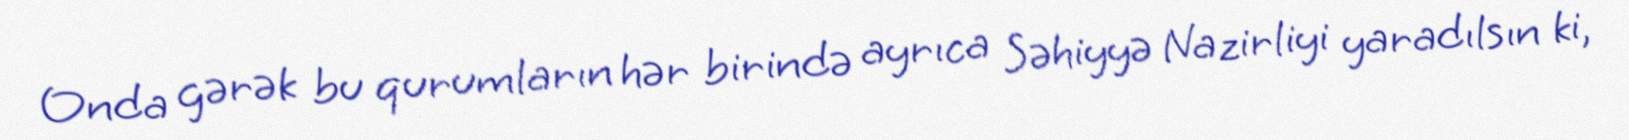
Onda gərək bu qurumların hər birində ayrıca Səhiyyə Nazirliyi yaradılsın ki,